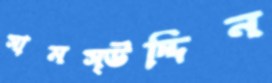
সামস্উদ্দিন